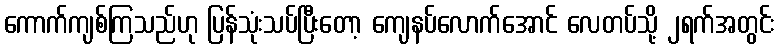
ကောက်ကျစ်ကြသည်ဟု ပြန်သုံးသပ်ပြီးတော့ ကျေနပ်လောက်အောင် လေတပ်သို့ ၂ရက်အတွင်း